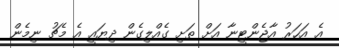
އެ އަހަރު އާޖެންޓީނާ އަށް ތަށި ގެއްލިގެން ދިޔައީ އެ މެޗު ނިމެން